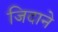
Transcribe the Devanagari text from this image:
जिदाने